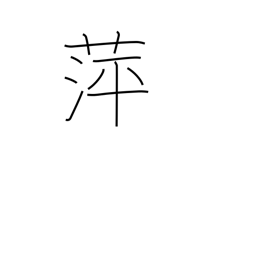
Meaning: floating plants